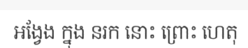
អង្វែង ក្នុង នរក នោះ ព្រោះ ហេតុ